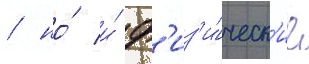
/ но́ и́ ф'из'и́ческ'ие